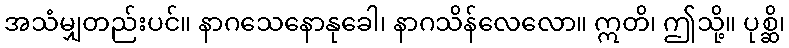
အသံမျှတည်းပင်။ နာဂသေနောနုခေါ၊ နာဂသိန်လေလော။ ဣတိ၊ ဤသို့။ ပုစ္ဆိ၊